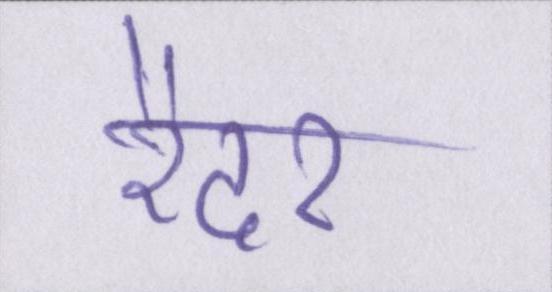
रैदर